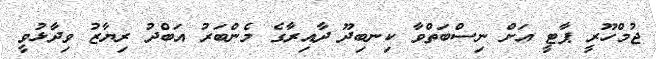
ޖުމްހޫރީ ޕާޓީ އަށް ނިސްބަތްވާ ކިނބިދޫ ދާއިރާގެ މެންބަރު އަބްދު ރިޔާޒު ވިދާޅުވީ